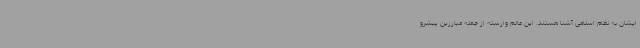
ایشان به نظام اسلامی آشنا هستند. این عالم وارسته از جمله مبارزین پیشرو